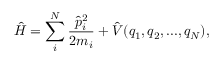
\hat { H } = \sum _ { i } ^ { N } \frac { \hat { p } _ { i } ^ { 2 } } { 2 m _ { i } } + \hat { V } ( q _ { 1 } , q _ { 2 } , . . . , q _ { N } ) ,